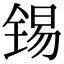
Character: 锡